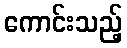
ကောင်းသည့်